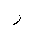
Letter: _ra